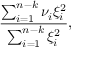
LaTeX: { \frac { \sum _ { i = 1 } ^ { n - k } \nu _ { i } \xi _ { i } ^ { 2 } } { \sum _ { i = 1 } ^ { n - k } \xi _ { i } ^ { 2 } } } ,